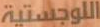
اللوجستية